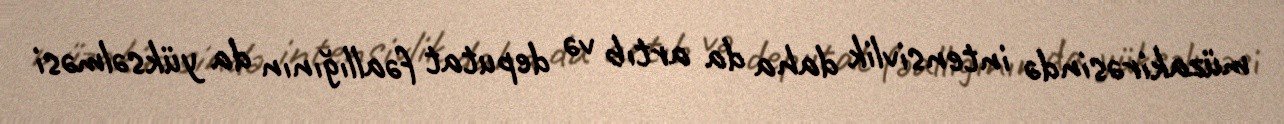
müzakirəsində intensivlik daha da artıb və deputat fəallığının da yüksəlməsi